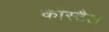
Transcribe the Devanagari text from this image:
कौस्टैल